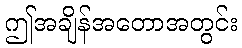
ဤအချိန်အတောအတွင်း